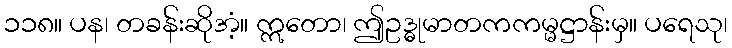
၁၁၈။ ပန၊ တခန်းဆိုအံ့။ ဣတော၊ ဤဥဒ္ဓုမာတကကမ္မဋ္ဌာန်းမှ။ ပရေသု၊